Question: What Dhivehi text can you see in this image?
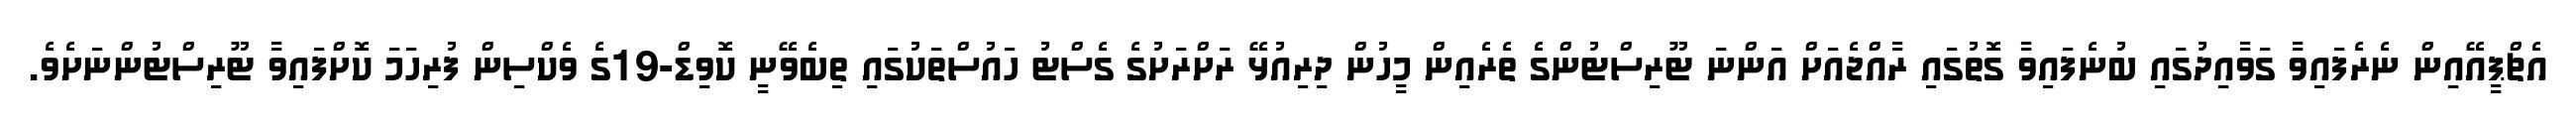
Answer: އެޗްޕީއޭއިން ނެރެފައިވާ ގަވާއިދުގައި ބުނެފައިވާ ގޮތުގައި ރާއްޖެއަށް އަންނަ ޓޫރިސްޓުންގެ ތެރެއިން މީހުން ދިރިއުޅޭ ރަށްރަށުގެ ގެސްޓު ހައުސްތަކުގައި ތިބެވޭނީ ކޮވިޑް-19ގެ ވެކްސިން ފުރިހަމަ ކޮށްފައިވާ ޓޫރިސްޓުންނަށެވެ.